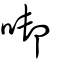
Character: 啣